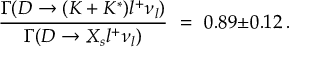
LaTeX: \frac { \Gamma ( D \rightarrow ( K + K ^ { * } ) l ^ { + } \nu _ { l } ) } { \Gamma ( D \rightarrow X _ { s } l ^ { + } \nu _ { l } ) } \ = \ 0 . 8 9 { \pm } 0 . 1 2 \, .